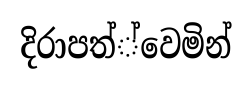
දිරාපත්්වෙමින්